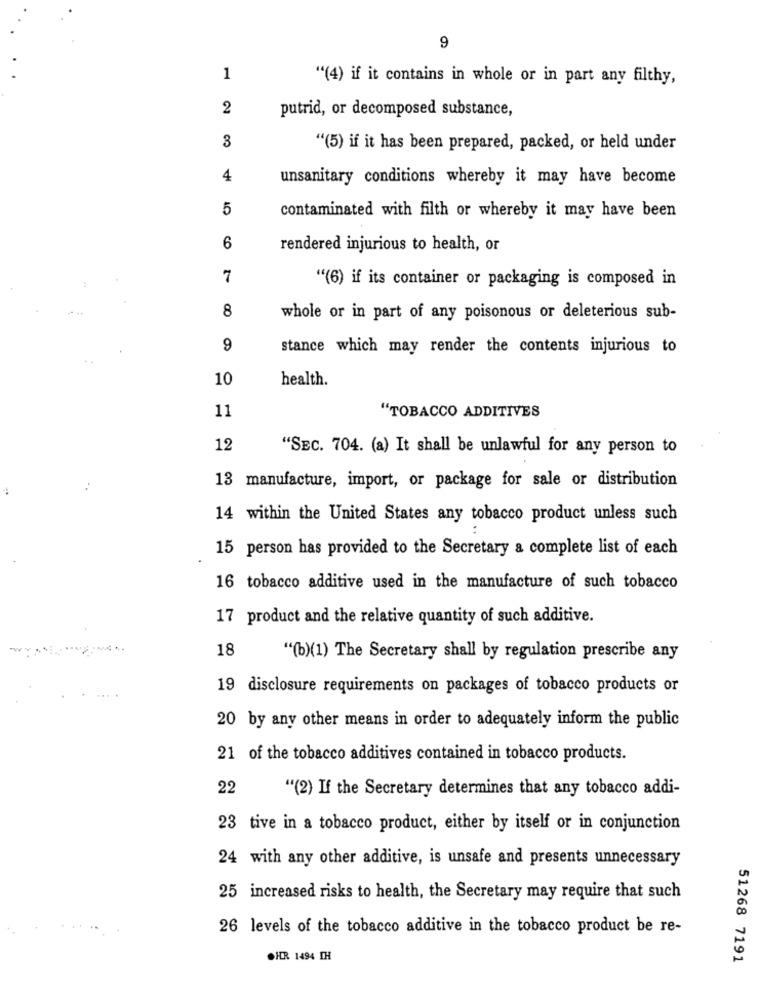
9
1
"(4) if it contains in whole or in part any filthy,
2
putrid, or decomposed substance,
3
"(5) if it has been prepared, packed, or held under
4
unsanitary conditions whereby it may have become
5
contaminated with filth or whereby it may have been
6
rendered injurious to health, or
7
"(6) if its container or packaging is composed in
8
whole or in part of any poisonous or deleterious sub-
9
stance which may render the contents injurious to
10
health.
11
"TOBACCO ADDITIVES
12
"SEC. 704. (a) It shall be unlawful for any person to
13 manufacture, import, or package for sale or distribution
14 within the United States any tobacco product unless such
15 person has provided to the Secretary a complete list of each
16 tobacco additive used in the manufacture of such tobacco
17 product and the relative quantity of such additive.
18
"(b)(1) The Secretary shall by regulation prescribe any
19 disclosure requirements on packages of tobacco products or
20 by any other means in order to adequately inform the public
21 of the tobacco additives contained in tobacco products.
22
"(2) If the Secretary determines that any tobacco addi-
23 tive in a tobacco product, either by itself or in conjunction
24 with any other additive, is unsafe and presents unnecessary
25 increased risks to health, the Secretary may require that such
26 levels of the tobacco additive in the tobacco product be re-
CHR 1494 TH
51268 7191